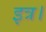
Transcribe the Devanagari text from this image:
इत्र।